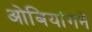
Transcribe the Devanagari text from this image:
ओबियांगने